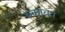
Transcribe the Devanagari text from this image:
रुकावत